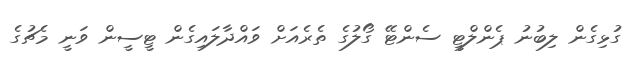
ގުޅިގެން ލިބުނު ޕެންލްޓީ ސެންޓޭ ގޯލުގެ ތެރެއަށް ވައްދާލައިގެން ޓީސީން ވަނީ މެޗުގެ